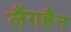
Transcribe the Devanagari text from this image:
लैंगहैन